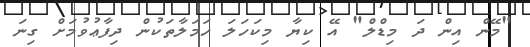
"މޭން އިން ދަ މިޑްލް" އޭ ކިޔާ މިކަހަލަ ހަމަލާތަކުން ދިފާޢުވުމަށް ގިނަ